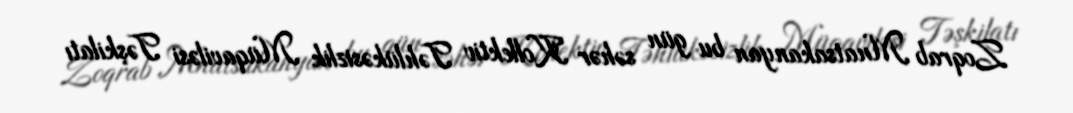
Zoqrab Mnatsakanyan bu gün səhər Kollektiv Təhlükəsizlik Müqaviləsi Təşkilatı